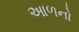
આળનો